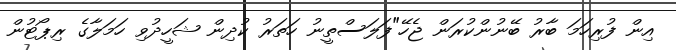
އިން ފުރިހަމަ ބާރު ބޭނުންކުރަން ޖެހޭ"ފަލަސްތީނު ހަތަރު ކުދިން ޝަހީދުވި ހަމަލާގެ ރިޕޯޓުން